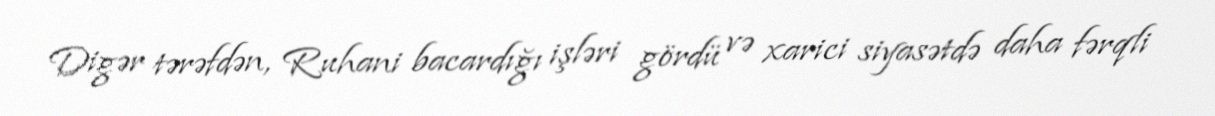
Digər tərəfdən, Ruhani bacardığı işləri gördü və xarici siyasətdə daha fərqli